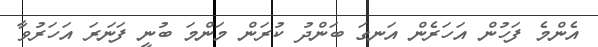
އެންމެ ފަހުން އަހަރެން އަނގަ ބަންދު ކުރަން މަންމަ ބުނީ ފަނަރަ އަހަރުވާ